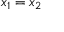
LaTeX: x _ { 1 } = x _ { 2 }